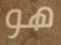
هو